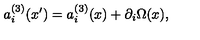
a _ { i } ^ { ( 3 ) } ( x ^ { \prime } ) = a _ { i } ^ { ( 3 ) } ( x ) + \partial _ { i } \Omega ( x ) ,